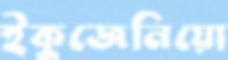
ইকুজেনিয়ো